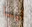
ليسا